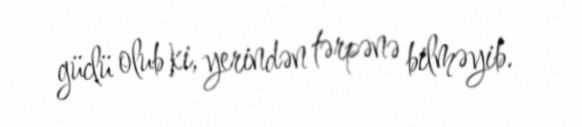
güclü olub ki, yerindən tərpənə bilməyib.